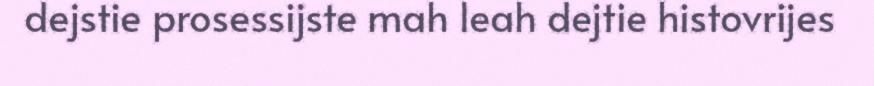
dejstie prosessijste mah leah dejtie histovrijes